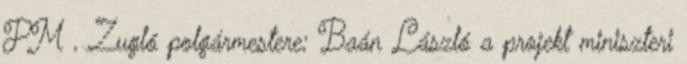
PM , Zugló polgármestere; Baán László a projekt miniszteri